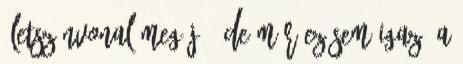
életszínvonal meg jó? De már ez sem igaz, a